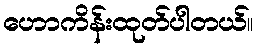
ဟောကိန်းထုတ်ပါတယ်။